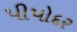
પીપોદર